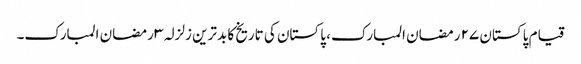
قیام پاکستان ٢٧ رمضان المبارک، پاکستان کی تاریخ کا بدترین زلزلہ ٣ رمضان المبارک۔